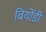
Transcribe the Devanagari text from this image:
बियोंडी